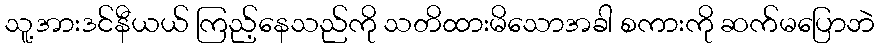
သူ့အားဒင်နီယယ် ကြည့်နေသည်ကို သတိထားမိသောအခါ စကားကို ဆက်မပြောဘဲ